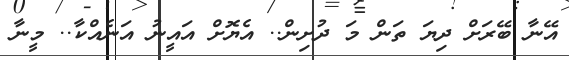
އޭނާ ބޭރަށް ދިޔަ ތަން މަ ދުށިން.. އެޔޮށް އައީނު އަނެއްކާ.. މީނާ